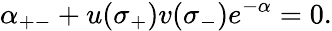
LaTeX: \alpha_{+-}+u(\sigma_{+})v(\sigma_{-})e^{-\alpha}=0.